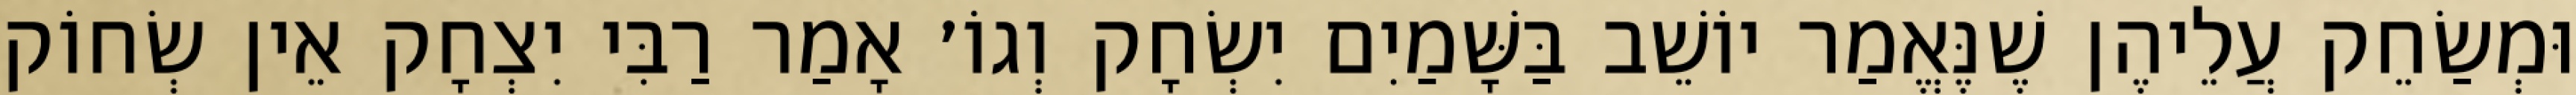
וּמְשַׂחֵק עֲלֵיהֶן שֶׁנֶּאֱמַר יוֹשֵׁב בַּשָּׁמַיִם יִשְׂחָק וְגוֹ׳ אָמַר רַבִּי יִצְחָק אֵין שְׂחוֹק